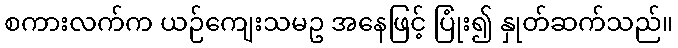
စကားလက်က ယဉ်ကျေးသမဥ အနေဖြင့် ပြုံး၍ နှုတ်ဆက်သည်။